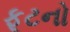
ફૂટનો